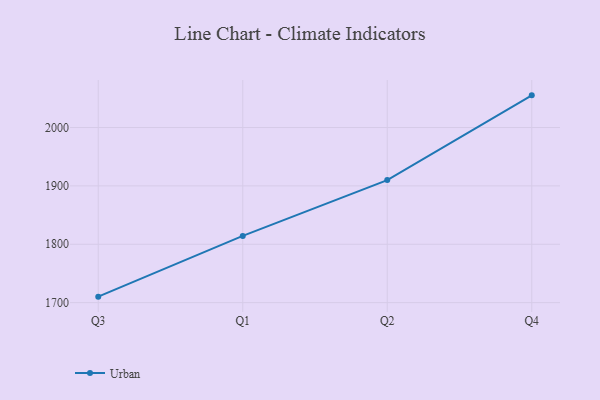
{"axis": {"x": "Quarter", "y": "Customer Acquisition Cost (USD)"}, "legend": ["Urban"], "data": [{"x": "Q3", "y": 1710.3, "type": "Urban"}, {"x": "Q1", "y": 1814.3, "type": "Urban"}, {"x": "Q2", "y": 1910.0, "type": "Urban"}, {"x": "Q4", "y": 2055.1, "type": "Urban"}]}